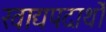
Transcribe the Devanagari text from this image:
खाद्यपदार्थो